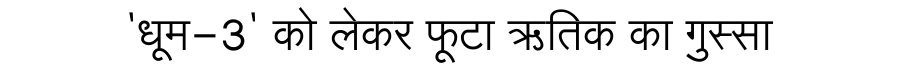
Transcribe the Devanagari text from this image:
'धूम-3' को लेकर फूटा ऋतिक का गुस्सा